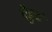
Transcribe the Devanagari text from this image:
वैडुर्य